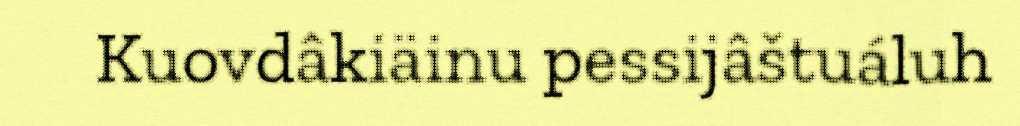
Kuovdâkiäinu pessijâštuáluh